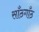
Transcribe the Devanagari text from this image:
साँठगाँठ